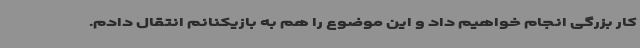
کار بزرگی انجام خواهیم داد و این موضوع را هم به بازیکنانم انتقال دادم.